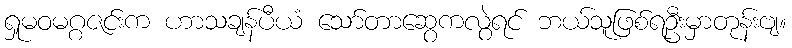
ရှုမဝမဂ္ဂဇင်းက ဟာသချန်ပီယံ သော်တာဆွေကလွဲရင် ဘယ်သူဖြစ်ရဦးမှာတုန်းဗျ။